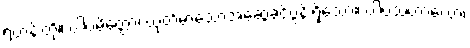
ရဟန်းတို့။ ပါပမိတ္တော၊ ယုတ်မာသောအဆွေခင်ပွန်းရှိသော။ ပါပသဟာယော၊